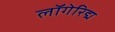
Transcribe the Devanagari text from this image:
लॉगेरिद्म